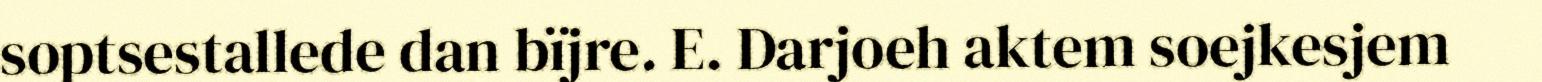
soptsestallede dan bïjre. E. Darjoeh aktem soejkesjem